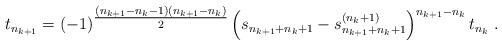
LaTeX: \begin{align*} t_{n_{k+1}} = (-1)^{{\tfrac{(n_{k+1} - n_{k}-1)(n_{k+1} - n_{k})}{2}} } \left(s_{n_{k+1} + n_{k}+1} - s_{n_{k+1} + n_{k}+1}^{(n_{k} +1)}\right)^{n_{k+1} - n_{k}} t_{n_{k}} \ .\end{align*}